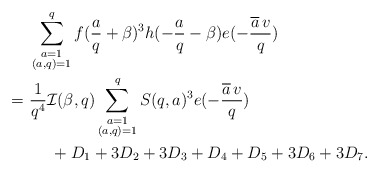
\begin{align*}&\ \sum_{\substack{a=1\\ (a,q)=1}}^qf(\frac{a}{q}+\beta)^3h(-\frac{a}{q}-\beta)e(-\frac{\overline{a}\,v}{q})\\=&\ \frac{1}{q^4}\mathcal{I}(\beta,q)\sum_{\substack{a=1\\(a,q)=1}}^qS(q,a)^3e(-\frac{\overline{a}\,v}{q})\\&\ \ \ \ \ +D_1+3D_2+3D_3+D_4+D_5+3D_6+3D_7.\end{align*}